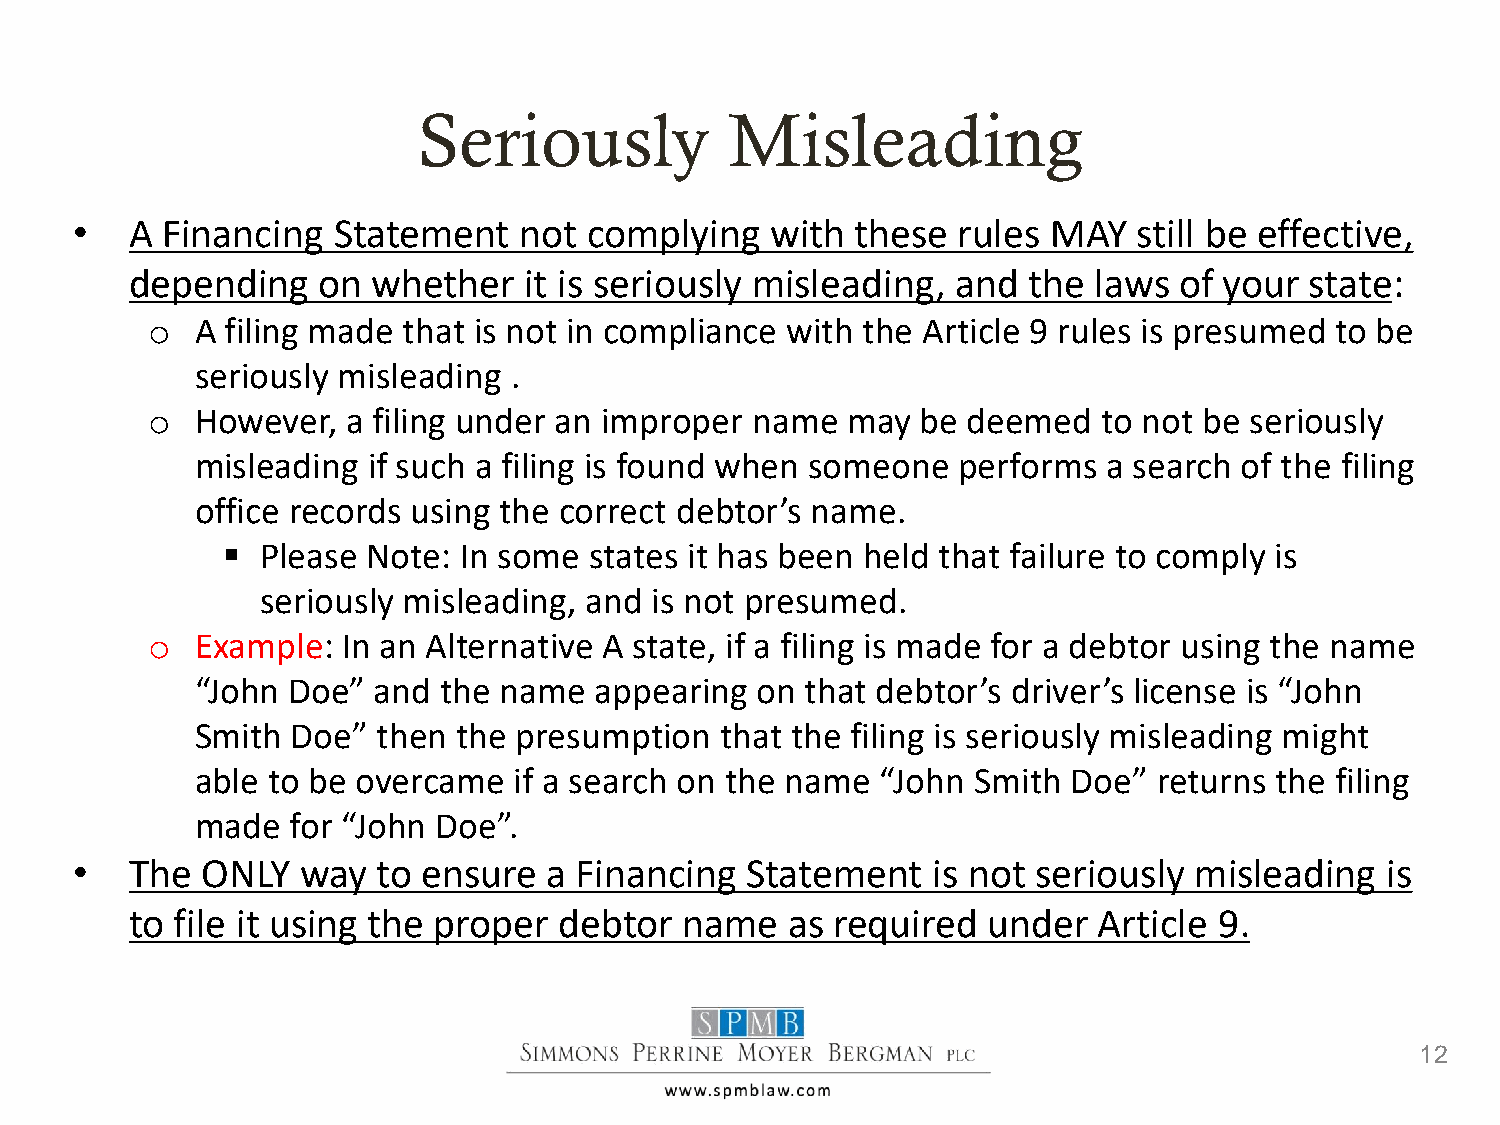
Seriously           Misleading
 •   A Financing  Statement   not  complying   with  these rules  MAY  still be effective,
 depending   on  whether   it is seriously misleading, and  the laws  of your  state:
 o  A filing made that is not in compliance with the Article 9 rules is presumed to be
 seriously misleading .
 o  However,  a filing under an improper name  may  be deemed   to not be seriously
 misleading if such a filing is found when someone performs  a search of the filing
 office records using the correct debtor’s name.
  Please Note: In some  states it has been held that failure to comply is
 seriously misleading, and is not presumed.
 o  Example:  In an Alternative A state, if a filing is made for a debtor using the name
 “John Doe”  and the name  appearing  on that debtor’s driver’s license is “John
 Smith Doe”  then the presumption   that the filing is seriously misleading might
 able to be overcame  if a search on the name “John Smith  Doe”  returns the filing
 made  for “John Doe”.
 •   The ONLY   way  to ensure  a Financing  Statement    is not seriously misleading   is
 to file it using the proper debtor  name   as required  under   Article 9.
 12